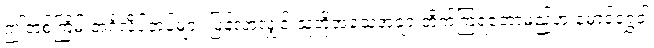
ဤတစ်ကြိမ် အင်္ဂလိပ်တပ်များ ပြန်လာလျှင် သူတို့အသေအချာ တိုက်ကြရတော့မည်ဟု မောင်ရွှေဝါ